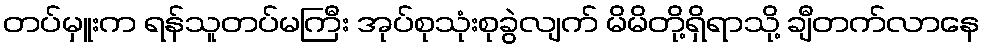
တပ်မှူးက ရန်သူတပ်မကြီး အုပ်စုသုံးစုခွဲလျက် မိမိတို့ရှိရာသို့ ချီတက်လာနေ